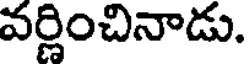
వర్ణించినాడు.